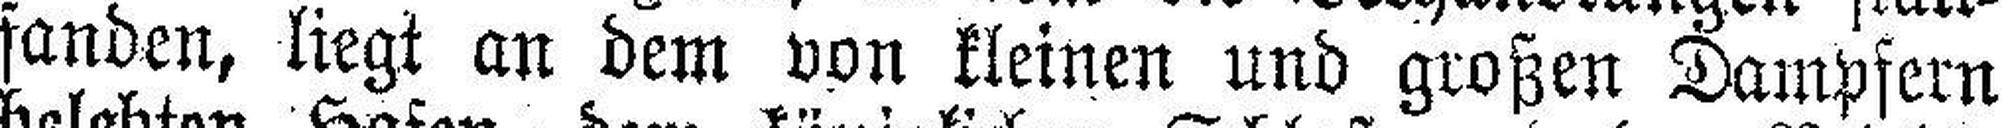
fanden, liegt an dem von kleinen und großen Dampfern